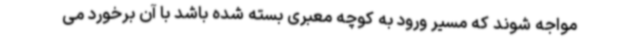
مواجه شوند که مسیر ورود به کوچه معبری بسته شده باشد با آن برخورد می